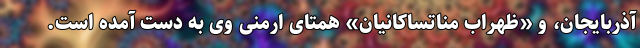
آذربایجان، و «ظهراب مناتساکانیان» همتای ارمنی وی به دست آمده است.